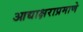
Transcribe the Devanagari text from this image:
आद्याक्षराप्रमाणे